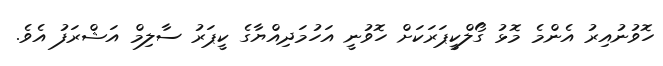
ހޮވުނުއިރު އެންމެ މޮޅު ގޯލްކީޕަރަކަށް ހޮވުނީ އަހުމަދިއްޔާގެ ކީޕަރު ސާލިމް އަޝްރަފު އެވެ.